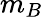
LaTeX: m_{B}